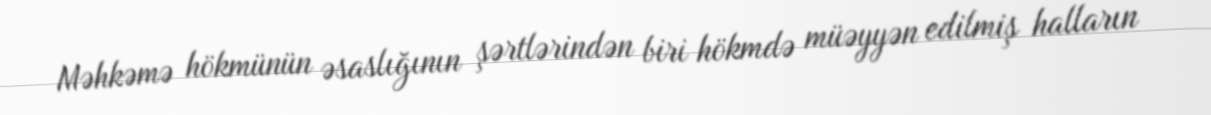
Məhkəmə hökmünün əsaslığının şərtlərindən biri hökmdə müəyyən edilmiş halların